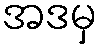
အဒမှ